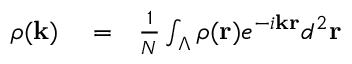
\begin{array} { r l r } { \rho ( { \bf k } ) } & { { } = } & { \frac { 1 } { N } \int _ { \Lambda } \rho ( { \bf r } ) e ^ { - i { \bf k } { \bf r } } d ^ { 2 } { \bf r } } \end{array}